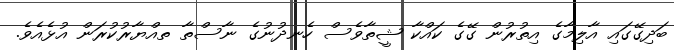
ބަދިގޭގައި އާލިމާގެ އިތުރުން ގޭގެ ކައްކާ ޝީތާވެސް ހެނދުނުގެ ނާސްތާ ތއްޔާރުކުރަން އުޅެއެވެ.